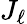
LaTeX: J_{\ell}